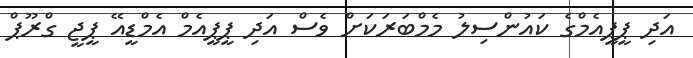
އަދި ޕީޕީއެމްގެ ކައުންސިލު މެމްބަރަކަށް ވެސް އަދި ޕީީޕީއެމް އެމްޑީއޭ ޕީޖީ ގްރޫޕް